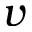
v